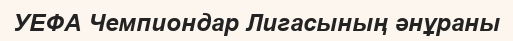
УЕФА Чемпиондар Лигасының әнұраны